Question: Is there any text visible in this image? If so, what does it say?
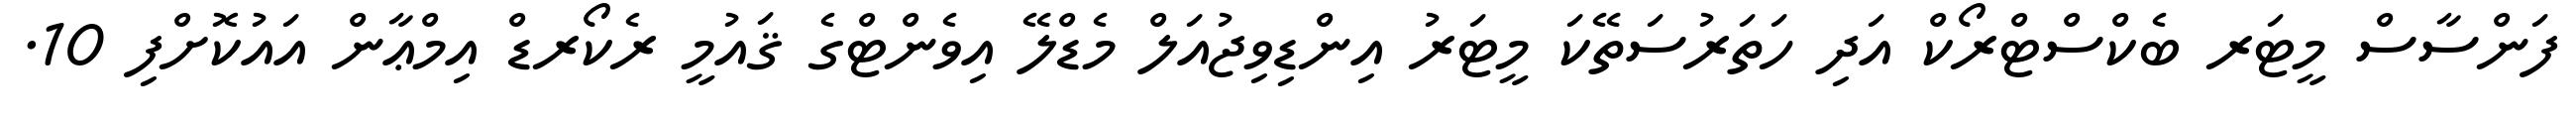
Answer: ފަންސާސް މީޓަރ ބެކްސްޓްރޯކް އަދި ހަތަރުސަތޭކަ މީޓަރު އިންޑިވިޖުއަލް މެޑްލޭ އިވެންޓްގެ ޤައުމީ ރެކޯރޑް އިމްޢާން އައުކޮށްފި 10.